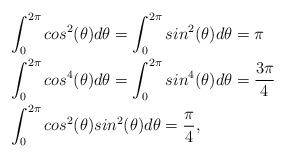
LaTeX: \begin{align*}&\int_{0}^{2\pi} cos^2(\theta)d\theta =\int_{0}^{2\pi} sin^2(\theta) d\theta= \pi \\&\int_{0}^{2\pi} cos^{4}(\theta) d\theta =\int_{0}^{2\pi} sin^4(\theta) d\theta= \frac{3\pi}{4} \\&\int_{0}^{2\pi} cos^2(\theta) sin^2(\theta) d\theta=\frac{\pi}{4},\end{align*}